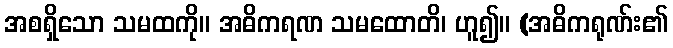
အစရှိသော သမထကို။ အဓိကရဏ သမထောတိ၊ ဟူ၍။ (အဓိကရုဏ်း၏